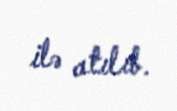
ilə atılıb.